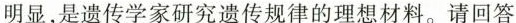
明显，是遗传学家研究遗传规律的理想材料。请回答